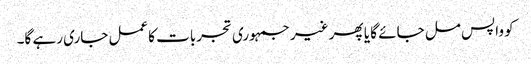
کو واپس مل جائے گا یا پھر غیر جمہوری تجربات کاعمل جاری رہے گا۔